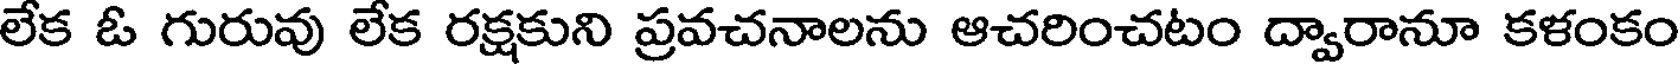
లేక ఓ గురువు లేక రక్షకుని ప్రవచనాలను ఆచరించటం ద్వారానూ కళంకం